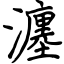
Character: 瀍